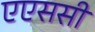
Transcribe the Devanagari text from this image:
एएससी